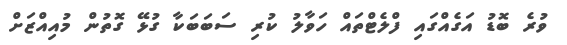
ވުރެ ބޮޑު އަގެއްގައި ފްލެޓްތައް ހަވާލު ކުރި ސަބަބަކާ ގުޅޭ ގޮތުން މުއިއްޒަށް